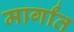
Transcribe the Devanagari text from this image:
मार्गांत